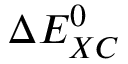
\Delta E _ { X C } ^ { 0 }